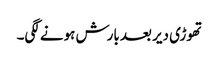
تھوڑی دیر بعد بارش ہونے لگی۔